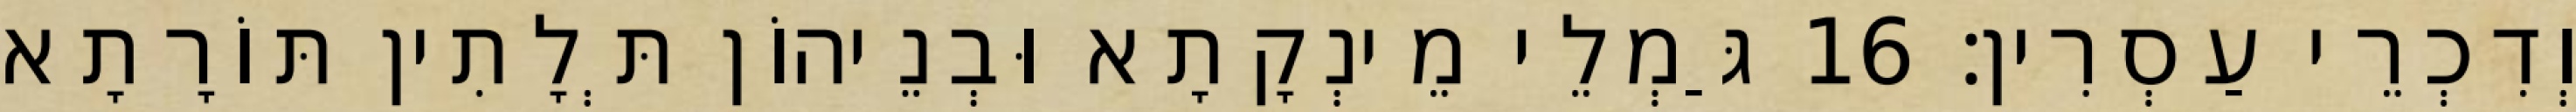
וְדִכְרֵי עַסְרִין׃ 16 גַּמְלֵי מֵינְקָתָא וּבְנֵיהוֹן תְּלָתִין תּוֹרָתָא